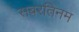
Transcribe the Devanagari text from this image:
सबरतिनम